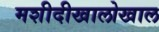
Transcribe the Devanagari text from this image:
मशीदीखालोखाल